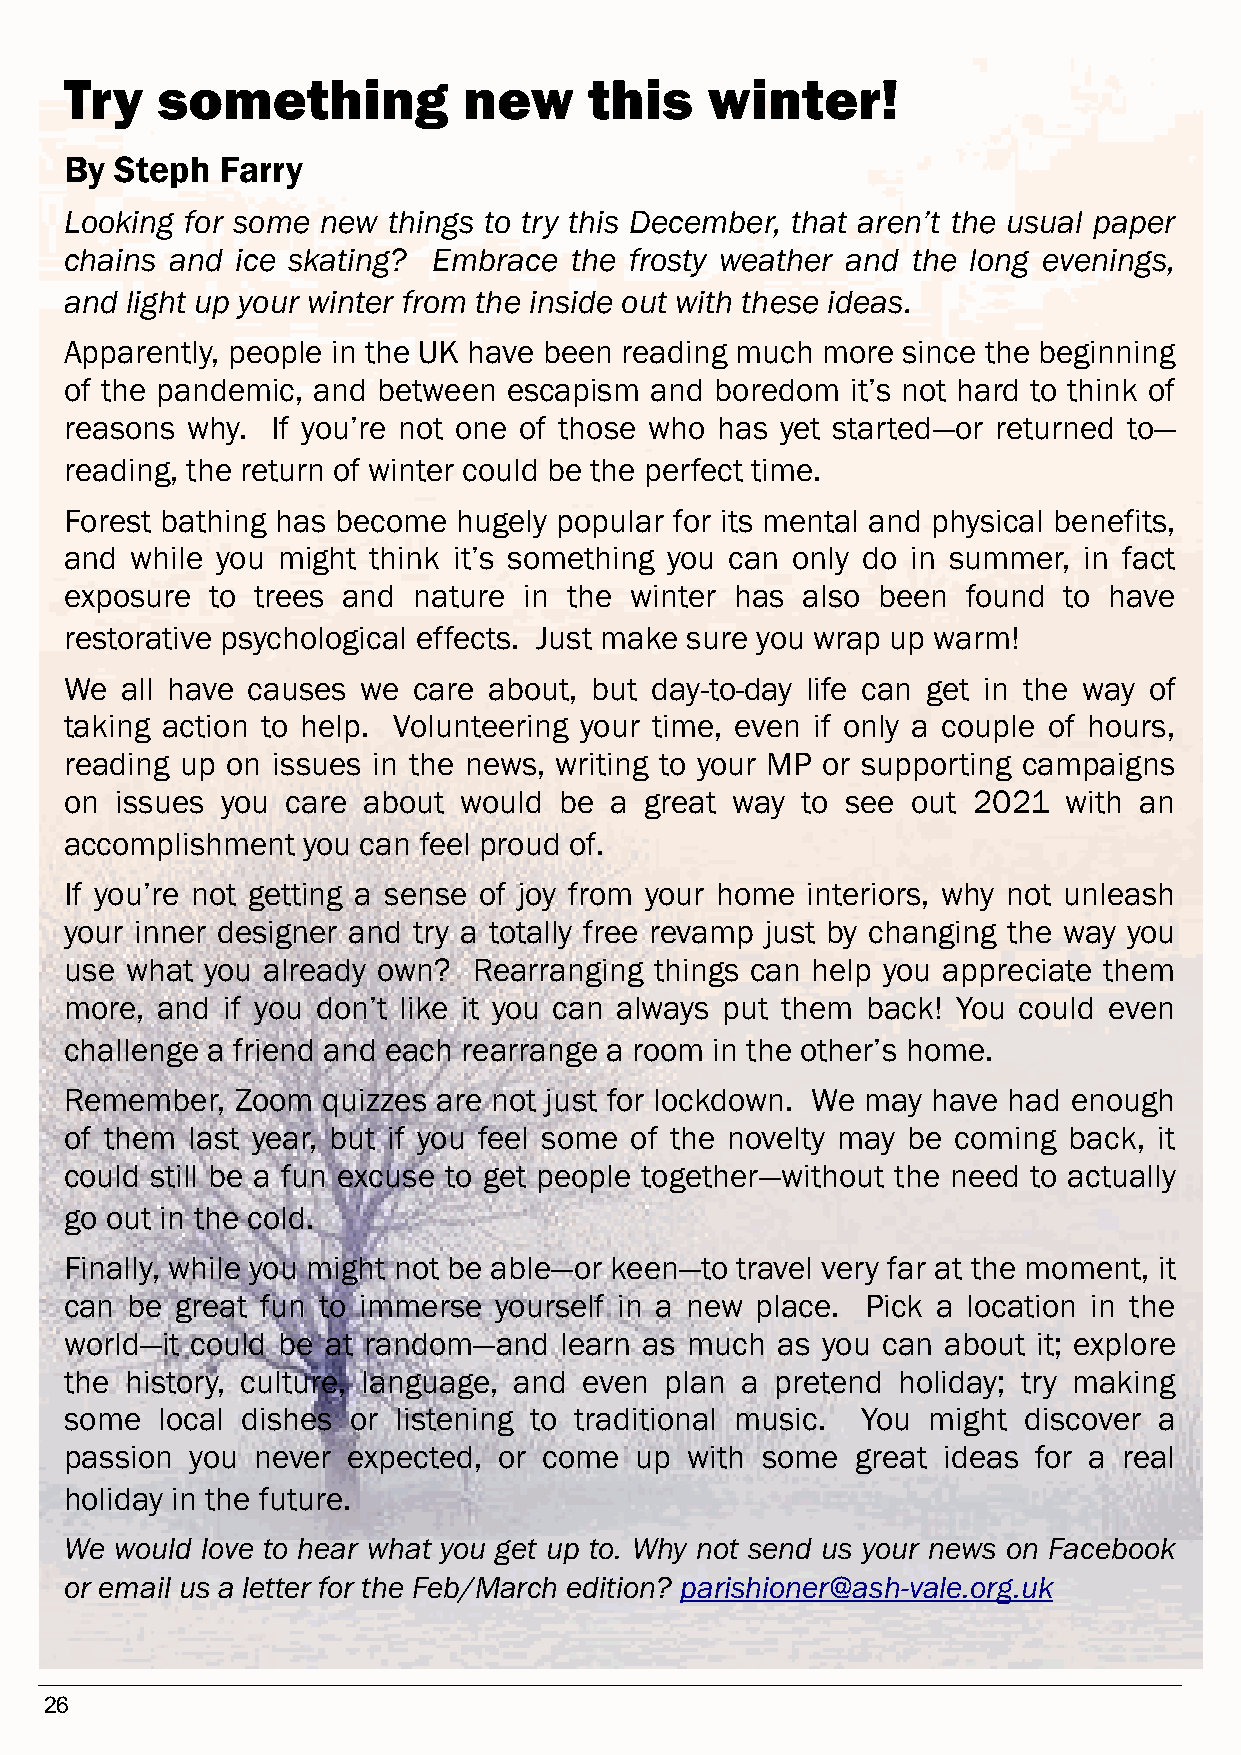
Try   something            new     this    winter!
 By  Steph  Farry
 Looking for some new  things to try this December, that aren’t the usual paper
 chains and  ice skating? Embrace  the frosty weather and the long evenings,
 and light up your winter from the inside out with these ideas.
 Apparently, people in the UK have been reading much more since the beginning
 of the pandemic, and between  escapism and boredom  it’s not hard to think of
 reasons why.  If you’re not one of those who has yet started—or returned to—
 reading, the return of winter could be the perfect time.
 Forest bathing has become hugely popular for its mental and physical benefits,
 and  while you might think it’s something you can only do in summer, in fact
 exposure  to trees and nature  in the winter has also been  found to have
 restorative psychological effects. Just make sure you wrap up warm!
 We  all have causes we care about, but day-to-day life can get in the way of
 taking action to help. Volunteering your time, even if only a couple of hours,
 reading up on issues in the news, writing to your MP or supporting campaigns
 on  issues you care about would  be a  great way to see out 2021   with an
 accomplishment  you can feel proud of.
 If you’re not getting a sense of joy from your home interiors, why not unleash
 your inner designer and try a totally free revamp just by changing the way you
 use what  you already own? Rearranging things can help you appreciate them
 more, and  if you don’t like it you can always put them back! You could even
 challenge a friend and each rearrange a room in the other’s home.
 Remember,   Zoom quizzes are not just for lockdown. We may have had enough
 of them last year, but if you feel some of the novelty may be coming back, it
 could still be a fun excuse to get people together—without the need to actually
 go out in the cold.
 Finally, while you might not be able—or keen—to travel very far at the moment, it
 can be  great fun to immerse yourself in a new place. Pick a location in the
 world—it could be at random—and  learn as much as you can about  it; explore
 the history, culture, language, and even plan a pretend holiday; try making
 some  local dishes or listening to traditional music. You might discover a
 passion  you never expected, or come  up with some   great ideas for a real
 holiday in the future.
 We  would love to hear what you get up to. Why not send us your news on Facebook
 or email us a letter for the Feb/March edition? parishioner@ash-vale.org.uk
 26